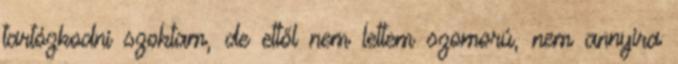
tartózkodni szoktam, de ettől nem lettem szomorú, nem annyira